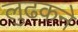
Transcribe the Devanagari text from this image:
लुढकने